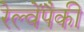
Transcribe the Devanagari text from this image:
रेल्वेंपैकी